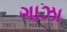
ગાઝા